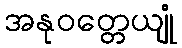
အနုဝတ္တေယျုံ